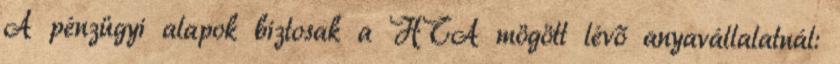
A pénzügyi alapok biztosak a HTA mögött lévő anyavállalatnál: